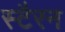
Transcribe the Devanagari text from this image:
स्टैरन